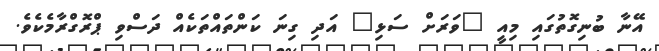
އޭނާ ބުނިގޮތުގައި މިއީ "ވަރަށް ސަޅި" އަދި ގިނަ ކަންތައްތަކެއް ދަސްވި ޕްރޮގްރާމެކެވެ.